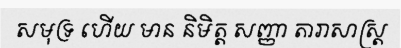
សមុទ្រ ហើយ មាន និមិត្ត សញ្ញា តារាសាស្ត្រ